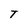
Character: T